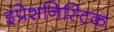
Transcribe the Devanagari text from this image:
इंप्रेशनिस्टिक